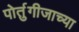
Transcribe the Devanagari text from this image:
पोर्तुगीजाच्या